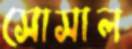
সোসাল